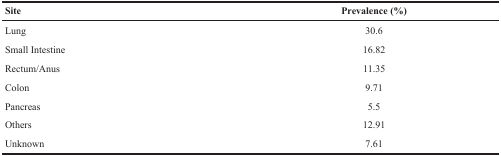
<table><thead><tr><td><b>Site</b></td><td><b>Prevalence (%)</b></td></tr></thead><tbody><tr><td>Lung</td><td>30.6</td></tr><tr><td>Small Intestine</td><td>16.82</td></tr><tr><td>Rectum/Anus</td><td>11.35</td></tr><tr><td>Colon</td><td>9.71</td></tr><tr><td>Pancreas</td><td>5.5</td></tr><tr><td>Others</td><td>12.91</td></tr><tr><td>Unknown</td><td>7.61</td></tr></tbody></table>